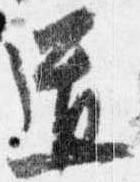
道